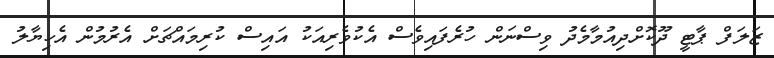
ޒަލަފް ޕާޓީ ދޫކޮށްދިއުމާމެދު ވިސްނަން ހުރެފައިވެސް އެކުވެރިއަކު އައިސް ކުރިމައްޗަށް އެރުމުން އެހިޔާލު